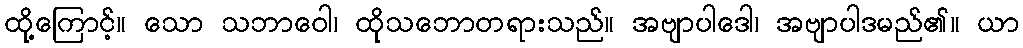
ထို့ကြောင့်။ သော သဘာဝေါ၊ ထိုသဘောတရားသည်။ အဗျာပါဒေါ၊ အဗျာပါဒမည်၏။ ယာ